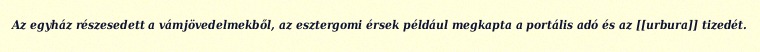
Az egyház részesedett a vámjövedelmekből, az esztergomi érsek például megkapta a portális adó és az [[urbura]] tizedét.